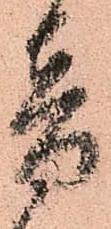
音